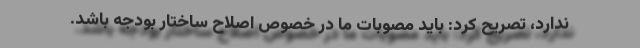
ندارد، تصریح کرد: باید مصوبات ما در خصوص اصلاح ساختار بودجه باشد.